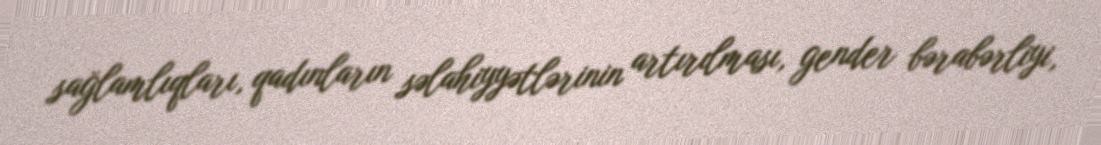
sağlamlıqları, qadınların səlahiyyətlərinin artırılması, gender bərabərliyi,